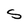
Character: S